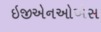
ઇજીએનઓએસ